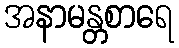
အနာမန္တစာရေ